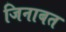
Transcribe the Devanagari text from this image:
जिनाबत